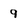
Character: 9